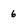
Character: 6